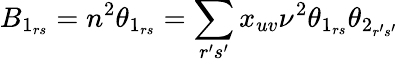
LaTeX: B_{1_{rs}}=n^{2}\theta_{1_{rs}}=\sum_{r^{\prime}s^{\prime}}x_{uv}\nu^{2}\theta_{1_{rs}}\theta_{2_{r^{\prime}s^{\prime}}}